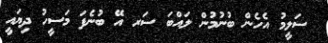
ސަލީމު އެހެން ބުނުމުން ލައްބަ ސަރ އޭ ބުނެފަ މަސީހު ދިޔައީ